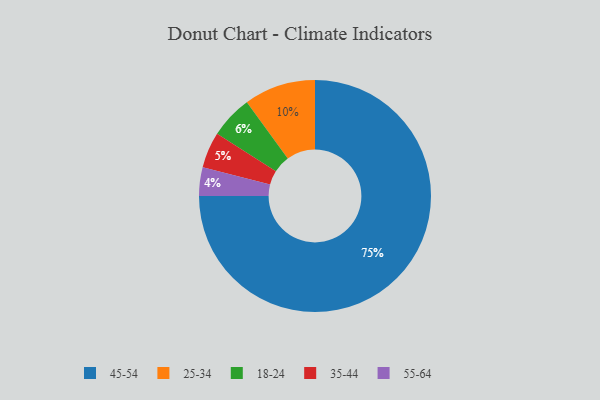
{"axis": {"x": "Category", "y": "Percentage"}, "legend": ["18-24", "25-34", "35-44", "45-54", "55-64"], "data": [{"x": "55-64", "y": 4, "type": "55-64"}, {"x": "18-24", "y": 6, "type": "18-24"}, {"x": "45-54", "y": 75, "type": "45-54"}, {"x": "25-34", "y": 10, "type": "25-34"}, {"x": "35-44", "y": 5, "type": "35-44"}]}